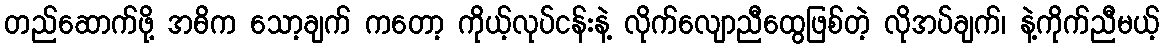
တည်ဆောက်ဖို့ အဓိက သော့ချက် ကတော့ ကိုယ့်လုပ်ငန်းနဲ့ လိုက်လျောညီထွေဖြစ်တဲ့ လိုအပ်ချက်၊ နဲ့ကိုက်ညီမယ့်